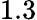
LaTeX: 1.3